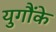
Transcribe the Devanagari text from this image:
युगौंके